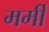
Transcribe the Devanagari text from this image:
मर्मी